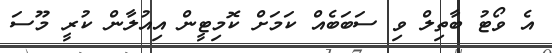
އެ ވޯޓު ބާތިލް ވި ސަބަބެއް ކަމަށް ކޮމިޓީން އިއުލާން ކުރީ މޫސަ